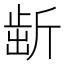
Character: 𣂯